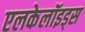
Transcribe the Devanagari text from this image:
एलकेलॉइड्स